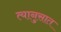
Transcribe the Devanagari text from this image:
त्यानुसात